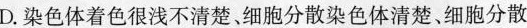
D.染色体着色很浅不清楚、细胞分散染色体清楚。细胞分散